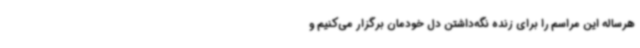
هرساله این مراسم را برای زنده نگه‌داشتن دل خودمان برگزار می‌کنیم و